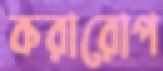
করারোপ